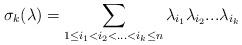
LaTeX: \begin{align*}\sigma_k(\lambda)=\sum_{1\leq i_1<i_2<...<i_k \leq n}{\lambda_{i_1}\lambda_{i_2}...\lambda_{i_k}}\end{align*}